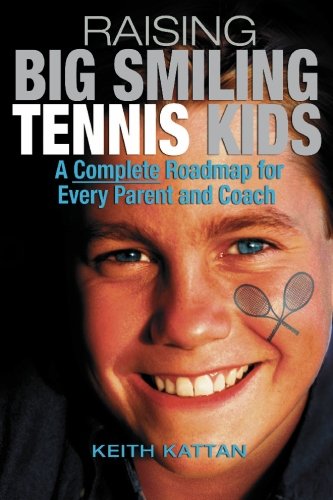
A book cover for Raising Big Smiling Tennis Kids: A Complete Roadmap For Every Parent And Coach; Keith Kattan; Sports & Outdoors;